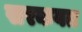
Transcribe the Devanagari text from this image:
सरकवत